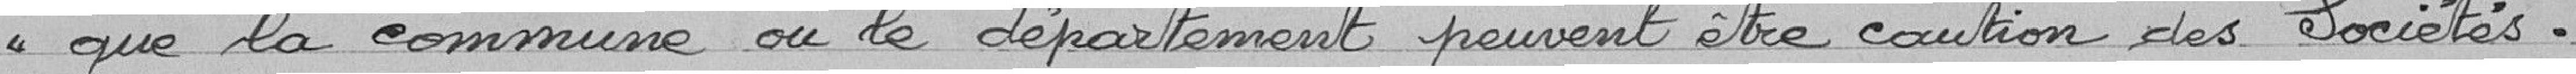
que la commune ou le département peuvent être caution des sociétés.